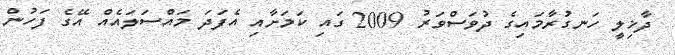
ދާޚިލީ ހަނގުރާމައިގެ ދުވަސްވަރު 2009 ގައި ކަމަށާއި އެފަދަ މައްސަލައެއް އޭގެ ފަހުން